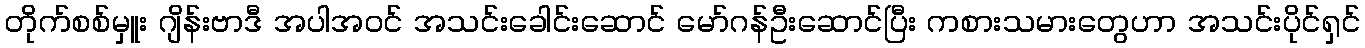
တိုက်စစ်မှူး ဂျိန်းဗာဒီ အပါအဝင် အသင်းခေါင်းဆောင် မော်ဂန်ဦးဆောင်ပြီး ကစားသမားတွေဟာ အသင်းပိုင်ရှင်